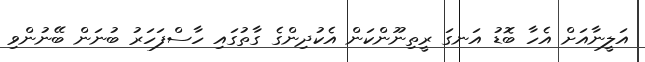
އަލީނާއަށް އެހާ ބޮޑު އަނގަ ރީތިނޫންކަން އެކުދިންގެ ގާތުގައި ހާސްފަހަރު ބުނަން ބޭނުންވި